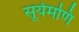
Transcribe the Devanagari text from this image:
सूर्यमणि